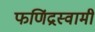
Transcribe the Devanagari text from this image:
फणिंद्रस्वामी